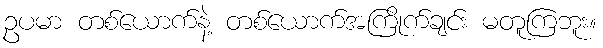
ဥပမာ တစ်ယောက်နဲ့ တစ်ယောက်အကြိုက်ချင်း မတူကြဘူး။